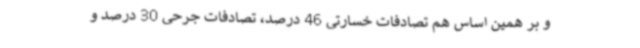
و بر همین اساس هم تصادفات خسارتی 46 درصد، تصادفات جرحی 30 درصد و